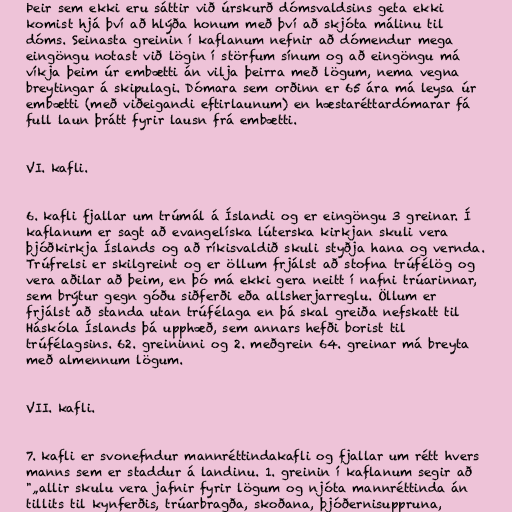
Þeir sem ekki eru sáttir við úrskurð dómsvaldsins geta ekki
komist hjá því að hlýða honum með því að skjóta málinu til
dóms. Seinasta greinin í kaflanum nefnir að dómendur mega
eingöngu notast við lögin í störfum sínum og að eingöngu má
víkja þeim úr embætti án vilja þeirra með lögum, nema vegna
breytingar á skipulagi. Dómara sem orðinn er 65 ára má leysa úr
embætti (með viðeigandi eftirlaunum) en hæstaréttardómarar fá
full laun þrátt fyrir lausn frá embætti.

VI. kafli.

6. kafli fjallar um trúmál á Íslandi og er eingöngu 3 greinar. Í
kaflanum er sagt að evangelíska lúterska kirkjan skuli vera
þjóðkirkja Íslands og að ríkisvaldið skuli styðja hana og vernda.
Trúfrelsi er skilgreint og er öllum frjálst að stofna trúfélög og
vera aðilar að þeim, en þó má ekki gera neitt í nafni trúarinnar,
sem brýtur gegn góðu siðferði eða allsherjarreglu. Öllum er
frjálst að standa utan trúfélaga en þá skal greiða nefskatt til
Háskóla Íslands þá upphæð, sem annars hefði borist til
trúfélagsins. 62. greininni og 2. meðgrein 64. greinar má breyta
með almennum lögum.

VII. kafli.

7. kafli er svonefndur mannréttindakafli og fjallar um rétt hvers
manns sem er staddur á landinu. 1. greinin í kaflanum segir að
"„allir skulu vera jafnir fyrir lögum og njóta mannréttinda án
tillits til kynferðis, trúarbragða, skoðana, þjóðernisuppruna,